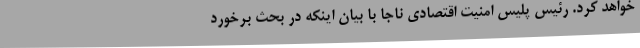
خواهد کرد. رئیس پلیس امنیت اقتصادی ناجا با بیان اینکه در بحث برخورد